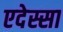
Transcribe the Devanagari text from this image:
एदेस्सा